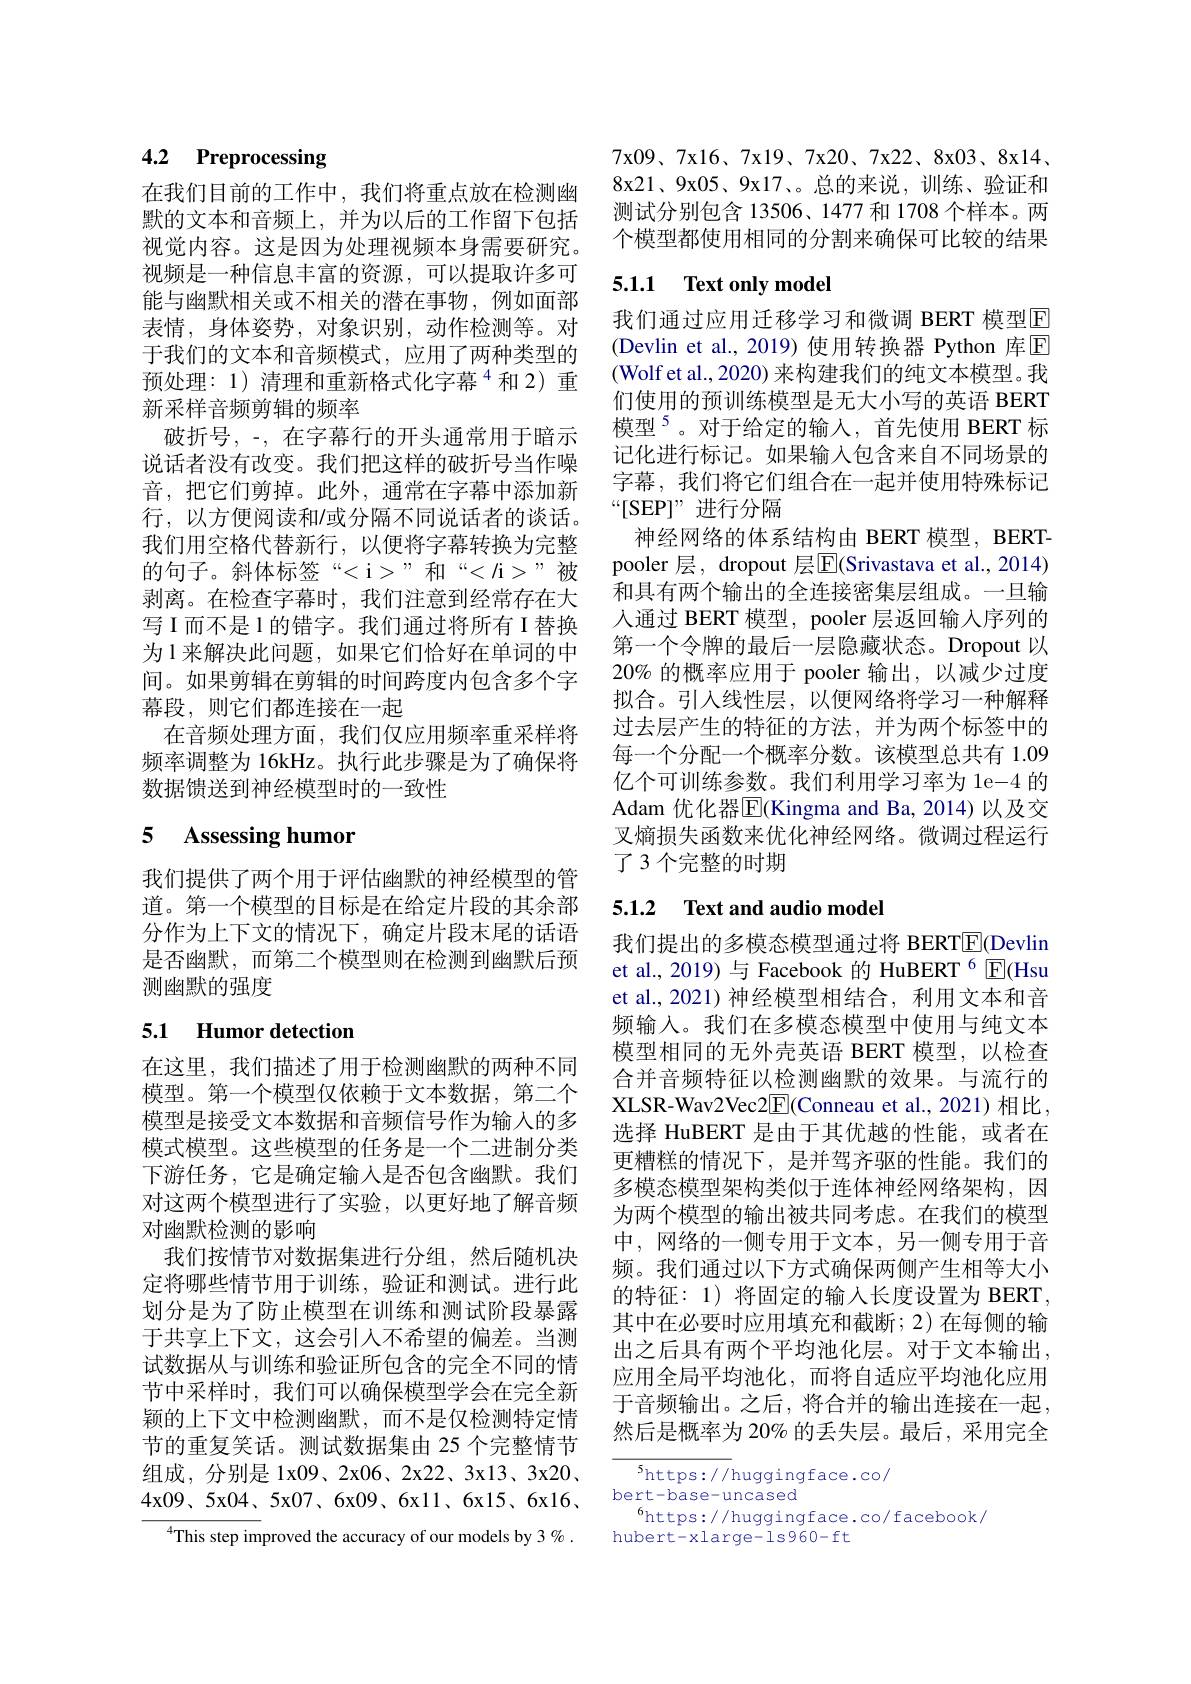
# 4.2 Preprocessing

在我们目前的工作中，我们将重点放在检测幽默的文本和音频上，并为以后的工作留下包括视觉内容。这是因为处理视频本身需要研究。视频是一种信息丰富的资源，可以提取许多可能与幽默相关或不相关的潜在事物，例如面部表情，身体姿势，对象识别，动作检测等。对于我们的文本和音频模式，应用了两种类型的预处理：1) 清理和重新格式化字幕$^{4}$和2)重新采样音频剪辑的频率
破折号，-, 在字幕行的开头通常用于暗示说话者没有改变。我们把这样的破折号当作噪音，把它们剪掉。此外，通常在字幕中添加新行，以方便阅读和/或分隔不同说话者的谈话。我们用空格代替新行，以便将字幕转换为完整的句子。斜体标签“<i>”和“</i>”被剥离。在检查字幕时，我们注意到经常存在大写 I 而不是 1 的错字。我们通过将所有 I 替换为 1 来解决此问题，如果它们恰好在单词的中间。如果剪辑在剪辑的时间跨度内包含多个字幕段，则它们都连接在一起
在音频处理方面，我们仅应用频率重采样将频率调整为 16kHz。执行此步骤是为了确保将数据馈送到神经模型时的一致性

## 5 Assessing humor

我们提供了两个用于评估幽默的神经模型的管道。第一个模型的目标是在给定片段的其余部分作为上下文的情况下，确定片段末尾的话语是否幽默，而第二个模型则在检测到幽默后预测幽默的强度

## 5.1 Humor detection

在这里，我们描述了用于检测幽默的两种不同模型。第一个模型仅依赖于文本数据，第二个模型是接受文本数据和音频信号作为输入的多模式模型。这些模型的任务是一个二进制分类下游任务，它是确定输入是否包含幽默。我们对这两个模型进行了实验，以更好地了解音频对幽默检测的影响
我们按情节对数据集进行分组，然后随机决定将哪些情节用于训练，验证和测试。进行此划分是为了防止模型在训练和测试阶段暴露于共享上下文，这会引人不希望的偏差。当测试数据从与训练和验证所包含的完全不同的情节中采样时，我们可以确保模型学会在完全新颖的上下文中检测幽默，而不是仅检测特定情节的重复笑话。测试数据集由 25 个完整情节组成，分别是 1x09、2x06、2x22、3x13、3x20、 4x09、5x04、5x07、6x09、6x11、6x15、6x16、
$^{4}$This step improved the accuracy of our models by 3%.

7x09、7x16、7x19、7x20、7x22、8x03、8x14、 8x21、9x05、9x17、。总的来说，训练、验证和测试分别包含 13506、1477 和 1708 个样本。两个模型都使用相同的分割来确保可比较的结果

## 5.1.1 $\textbf{Text only model}$

我们通过应用迁移学习和微调 BERT 模型E (Devlin et al.,2019)使用转换器 Python 库$\mathbb{E}$ (Wolf et al., 2020) 来构建我们的纯文本模型。我们使用的预训练模型是无大小写的英语 BERT 模型$^{5}$。对于给定的输入，首先使用 BERT 标记化进行标记。如果输入包含来自不同场景的字幕，我们将它们组合在一起并使用特殊标记“[SEP]”进行分隔
神经网络的体系结构由 BERT 模型，BERTpooler 层，dropout 层$\boxed{\mathrm{E}}($Srivastava et al., 2014) 和具有两个输出的全连接密集层组成。一旦输人通过 BERT 模型，pooler 层返回输入序列的第一个令牌的最后一层隐藏状态。Dropout 以20% 的概率应用于 pooler 输出，以减少过度拟合。引入线性层，以便网络将学习一种解释过去层产生的特征的方法，并为两个标签中的每一个分配一个概率分数。该模型总共有 1.09亿个可训练参数。我们利用学习率为 1e-4 的Adam 优化器$\overline{\mathrm{E}}$(Kingma and Ba, 2014)以及交叉熵损失函数来优化神经网络。微调过程运行了 3 个完整的时期

## 5.1.2 Text and audio model

我们提出的多模态模型通过将 BERTE$( Devlin$ et al., 2019) 与 Facebook 的 HuBERT $^{6}$ $\mathbb{E}($Hsu et al., 2021) 神经模型相结合，利用文本和音频输入。我们在多模态模型中使用与纯文本模型相同的无外壳英语 BERT 模型，以检查合并音频特征以检测幽默的效果。与流行的XLSR-Wav2Vec2$\overline{\mathrm{E}}($Conneau et al., 2021)相比， 选择 HuBERT 是由于其优越的性能，或者在更糟糕的情况下，是并驾齐驱的性能。我们的多模态模型架构类似于连体神经网络架构，因为两个模型的输出被共同考虑。在我们的模型中，网络的一侧专用于文本，另一侧专用于音频。我们通过以下方式确保两侧产生相等大小的特征：1) 将固定的输入长度设置为 BERT, 其中在必要时应用填充和截断；2)在每侧的输出之后具有两个平均池化层。对于文本输出， 应用全局平均池化，而将自适应平均池化应用于音频输出。之后，将合并的输出连接在一起， 然后是概率为 20% 的丢失层。最后，采用完全

$^{5}$https://huggingface.co/
bert-base-uncased
$^{6}$https://huggingface.co/facebook/
hubert-xlarge-1s960-ft